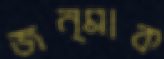
জন্মাক